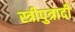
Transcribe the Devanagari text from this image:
स्त्रीपुत्रादी